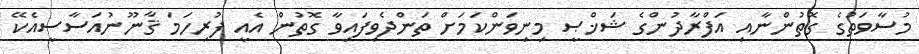
މުސާވަތުގެ ގޮތުންނާއި އަފްރާދުންގެ ޝަޚްޞީ މިނިވަންކަމަށް ތަންދެވިފައިވާ ގޮތުން އެއީ ފުރިހަމަ ޤާނޫނުއަސާސީއެކޭ